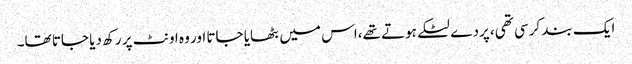
ایک بند کرسی تھی، پردے لٹکے ہوتے تھے،اس میں بٹھایا جاتا اور وہ اونٹ پر رکھ دیا جاتا تھا۔